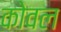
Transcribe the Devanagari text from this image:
कोवल